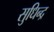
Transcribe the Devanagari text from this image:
सुधिन्द्र